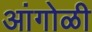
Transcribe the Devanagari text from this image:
आंगोळी